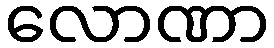
လောဏာ